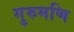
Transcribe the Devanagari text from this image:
गुरुमणि